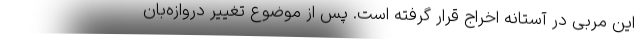
این مربی در آستانه اخراج قرار گرفته است. پس از موضوع تغییر دروازه‌بان